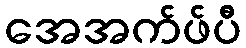
အေအက်ဖ်ပီ